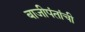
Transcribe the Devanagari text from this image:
बाजीपंतांची